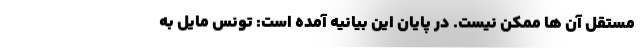
مستقل آن ها ممکن نیست. در پایان این بیانیه آمده است: تونس مایل به